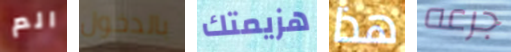
الم بالدخول هزيمتك هذا جرعه